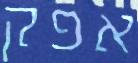
אפק